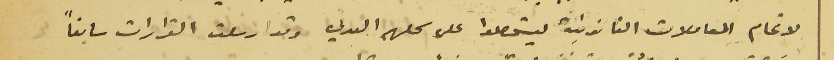
لاتمام المعاملات القانونية ليستحصلوا على سحلهم العدلي وقد ارسلت القرارات سابقاً